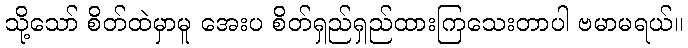
သို့သော် စိတ်ထဲမှာမူ အေးပ စိတ်ရှည်ရှည်ထားကြသေးတာပါ ဗမာမရယ်။